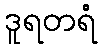
ဒူရတရံ